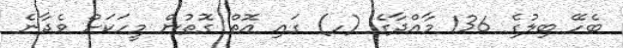
ބެހޭ ބިލުގެ 136 މާއްދާގެ (ހ) ގައި އޮތް ގޮތުން މީހަަކަށް ވެދާނެ